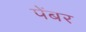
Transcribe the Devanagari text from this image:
पेंबर